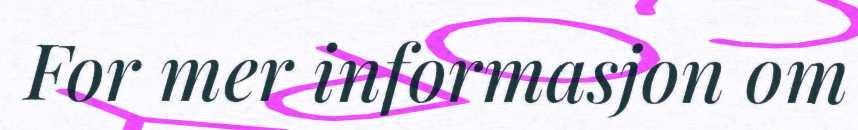
For mer informasjon om